65_HS1-834228961_62-HQ-83894_Section_2
Agency: FBI
Page 159
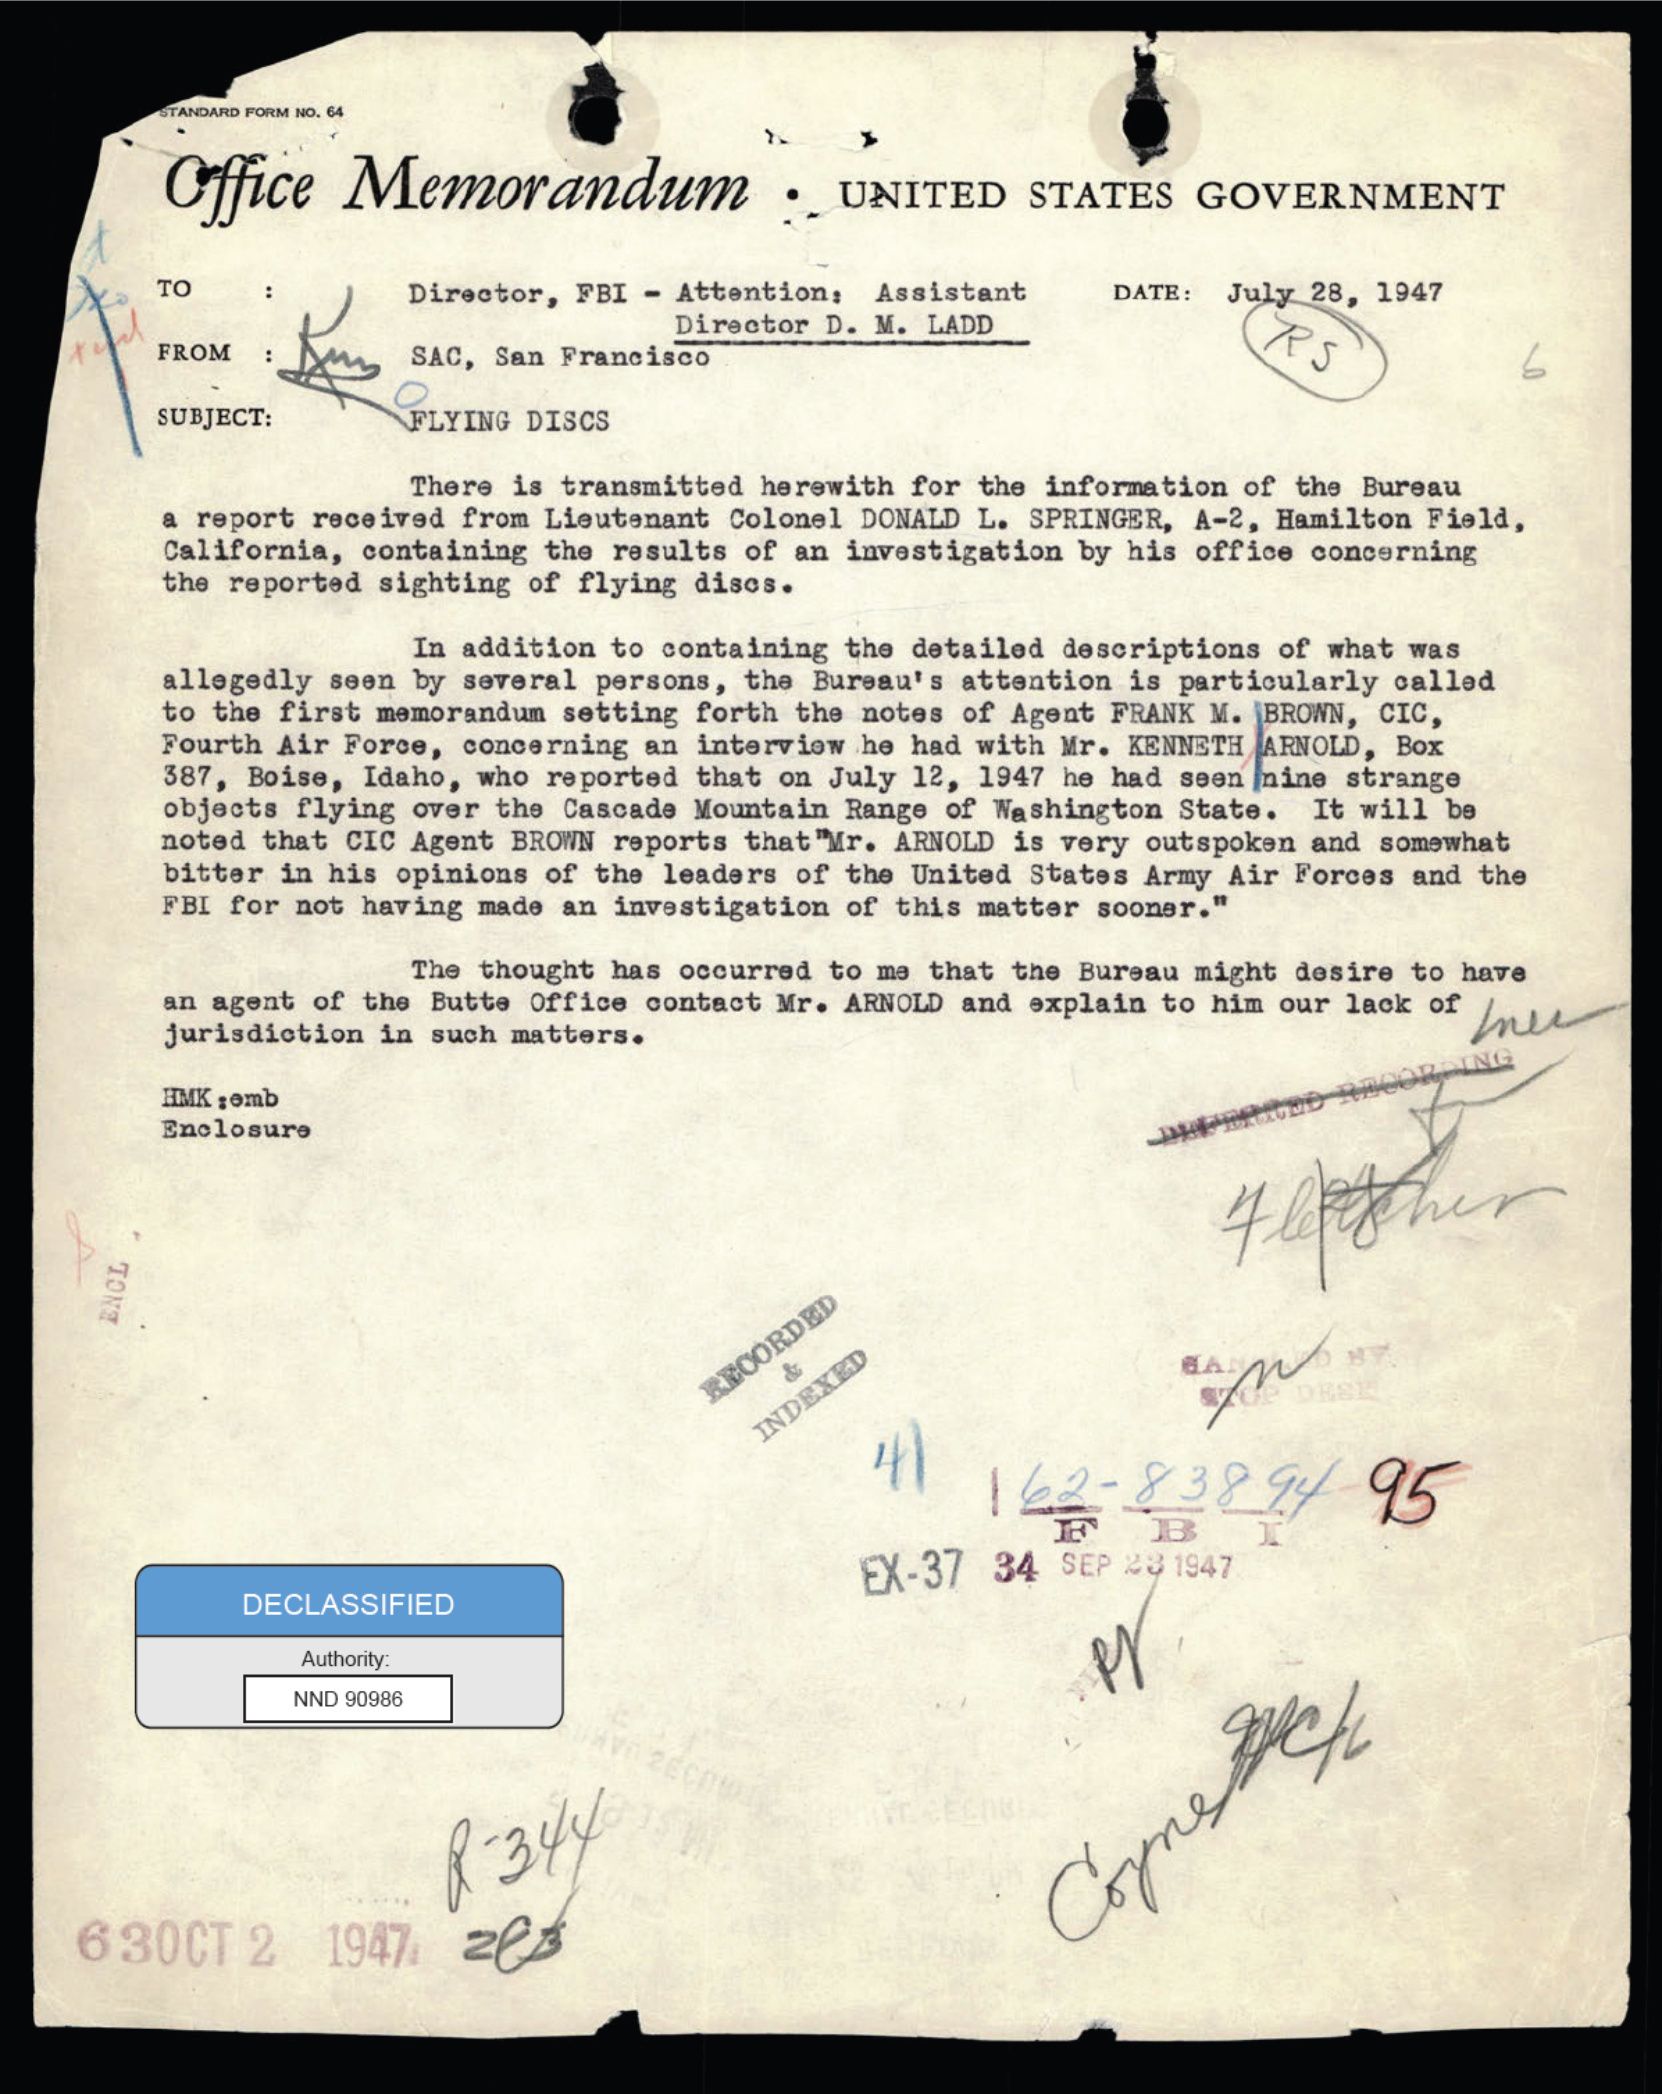